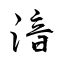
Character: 湆